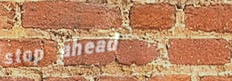
stop ahead